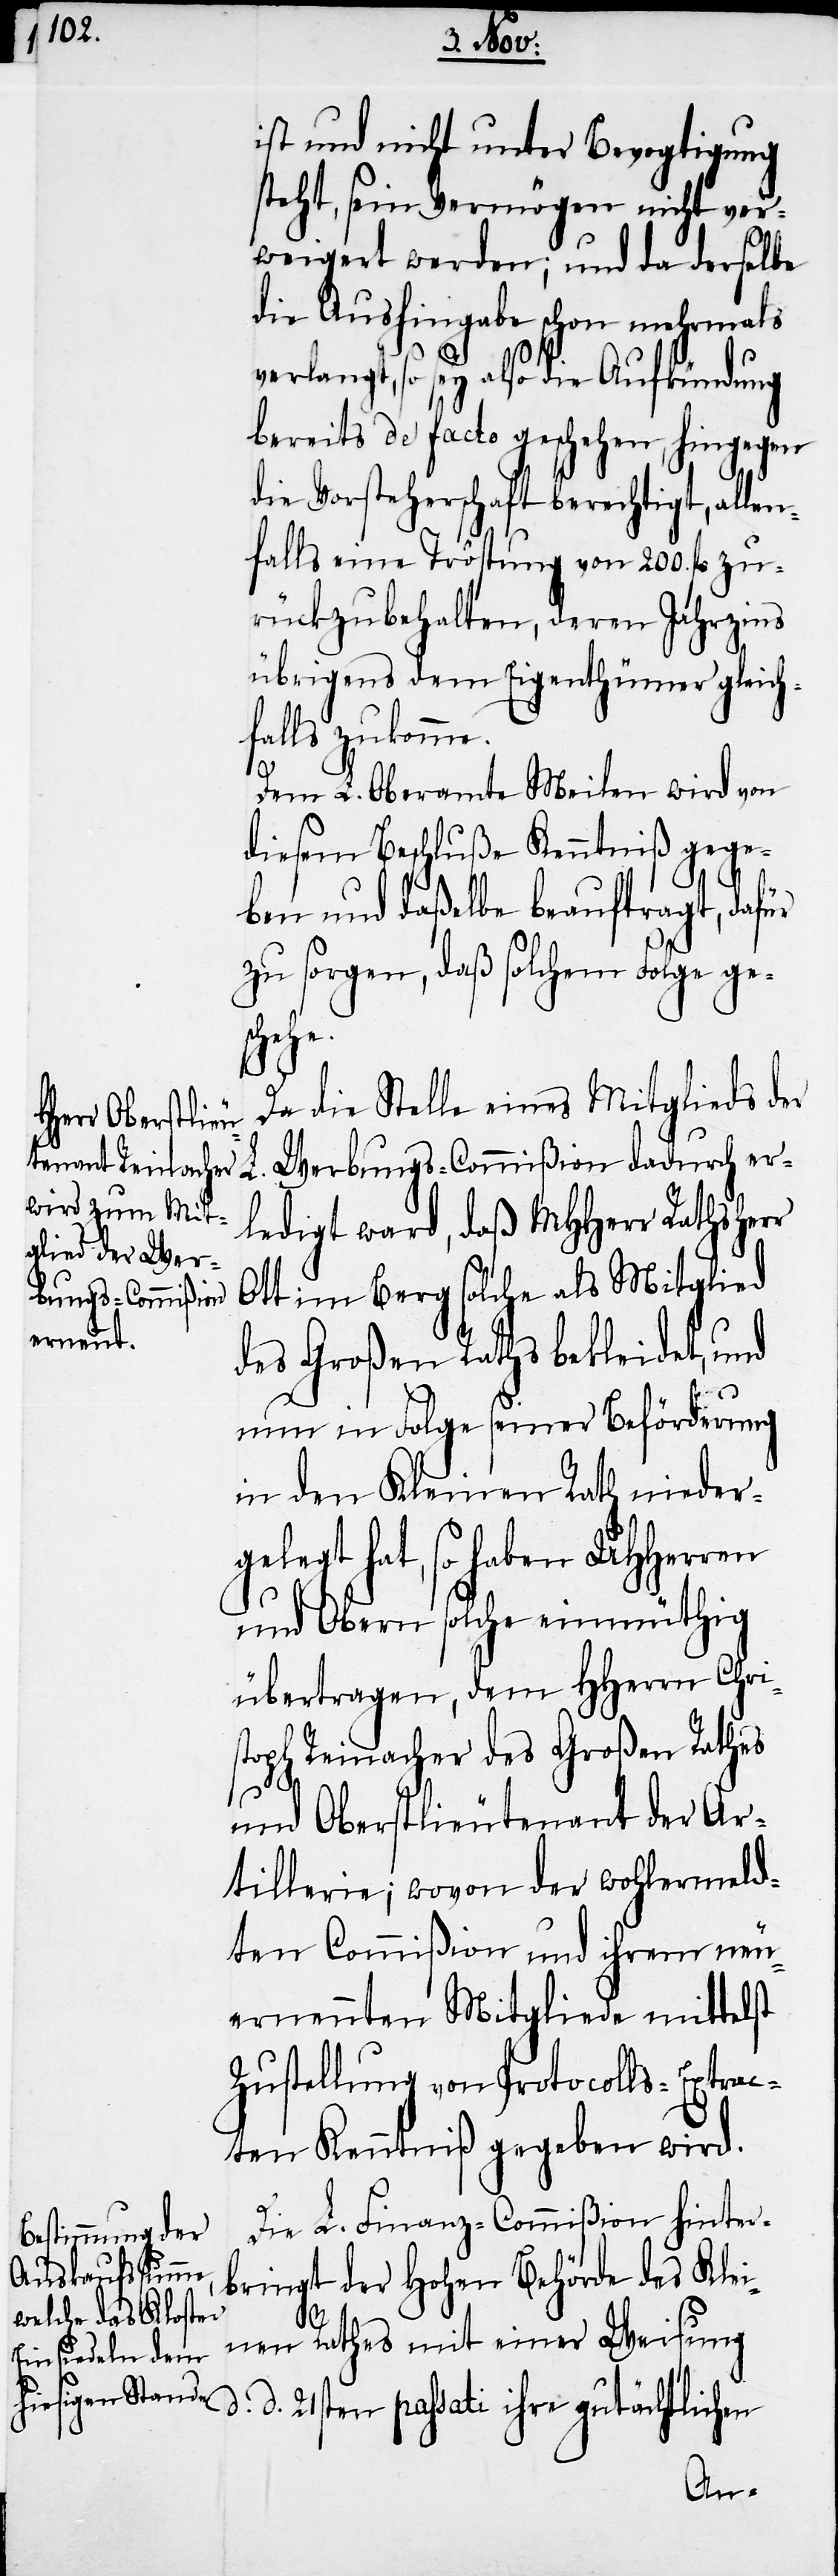
ist und nicht unter Bevogtigung
steht, sein Vermögen nicht ver¬
weigert werden; und da derselbe
die Aushingabe schon mehrmals
verlangt, so sey also die Aufkündung
bereits de facto geschehen, hingegen
die Vorsteherschaft berechtigt, allen¬
falls eine Tröstung von 200. fl zu¬
rückzubehalten, deren Jahrzins
übrigens dem Eigenthümer gleich¬
falls zukomme.
Dem L. Oberamte Meilen wird von
diesem Beschluße Kenntniß gege¬
ben und daßelbe beauftragt, dafür
zu sorgen, daß solchem Folge ges¬
chehe.
Da die Stelle eines Mitgliedes der
Werbungs-Commißion dadurch er¬
ledigt ward, daß MHHerr Rathsherr
Ott im Berg solche als Mitglied
des Großen Raths bekleidet, und
nun in Folge seiner Beförderung
in den Kleinen Rath nieder¬
gelegt hat, so haben UHHerren
und Obern solche einmüthig
übertragen, dem HHerrn Chris¬
toph Reinacher des Großen Rathes
und Oberstlieutenant der Ar¬
tillerie; wovon der wohlermeld¬
ten Commißion und ihrem neu¬
ernennten Mitgliede mittelst
Zustellung von Protocolls-Extrac¬
ten Kenntniß gegeben wird.
Die L. Finanz-Commißion hinter¬
bringt der Hohen Behörde des Klei¬
d.
nen Rathes mit einer Weisung
d. 21sten passati ihre gutächtlichen